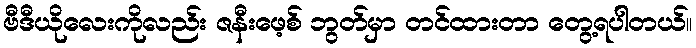
ဗီဒီယိုလေးကိုလည်း ဇနီးဖေ့စ် ဘွတ်မှာ တင်ထားတာ တွေ့ရပါတယ်။